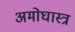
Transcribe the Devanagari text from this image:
अमोघास्त्र